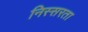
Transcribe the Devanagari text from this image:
निस्सरता